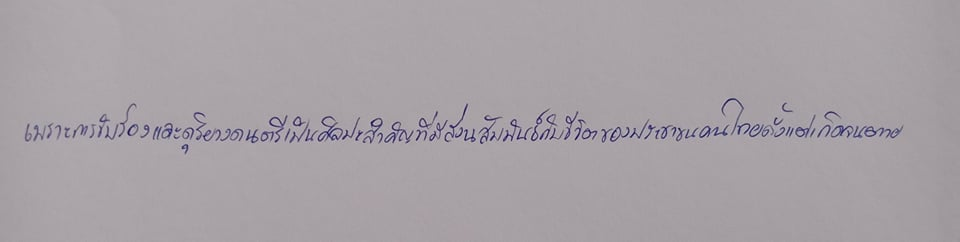
เพราะการขับร้องและดุริยางคดนตรีเป็นศิลปะสำคัญที่มีส่วนสัมพันธ์กับชีวิตของประชาชนคนไทยตั้งแต่เกิดจนตาย